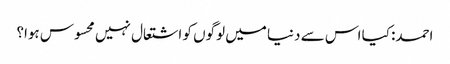
احمد: کیا اس سے دنیا میں لوگوں کو اشتعال نہیں محسوس ہوا؟